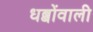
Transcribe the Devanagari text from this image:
धब्बोंवाली